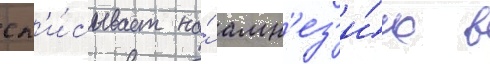
сп'и́сывает на́ амн'ез'и́ю в